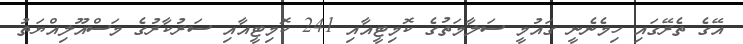
އޭގެ ތެރޭގައި ހިމެނެނީ ގައުމީ ސަލާމަތުގެ ކޮމިޓީއާއި 241 ކޮމިޓީއާއި ސަރުކާރުގެ މަސްއޫލިއްޔަތު